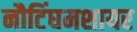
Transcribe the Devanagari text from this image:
नौटिंघमशायर